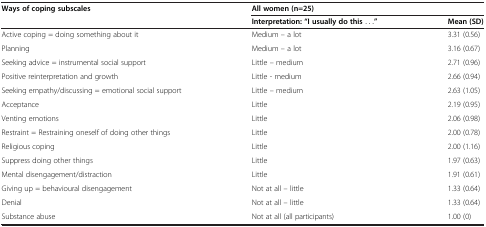
| Ways of coping subscales | <COLSPAN=2> All women (n=25) |
 |  | Interpretation: “I usually do this ...” | Mean (SD) |
 | --- | --- | --- |
 | Active coping = doing something about it | Medium – a lot | 3.31 (0.56) |
 | Planning | Medium – a lot | 3.16 (0.67) |
 | Seeking advice = instrumental social support | Little – medium | 2.71 (0.96) |
 | Positive reinterpretation and growth | Little - medium | 2.66 (0.94) |
 | Seeking empathy/discussing = emotional social support | Little – medium | 2.63 (1.05) |
 | Acceptance | Little | 2.19 (0.95) |
 | Venting emotions | Little | 2.06 (0.98) |
 | Restraint = Restraining oneself of doing other things | Little | 2.00 (0.78) |
 | Religious coping | Little | 2.00 (1.16) |
 | Suppress doing other things | Little | 1.97 (0.63) |
 | Mental disengagement/distraction | Little | 1.91 (0.61) |
 | Giving up = behavioural disengagement | Not at all – little | 1.33 (0.64) |
 | Denial | Not at all – little | 1.33 (0.64) |
 | Substance abuse | Not at all (all participants) | 1.00 (0) |